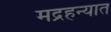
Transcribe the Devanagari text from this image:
मद्रहन्यात